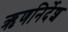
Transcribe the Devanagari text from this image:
ऋणनिर्देश